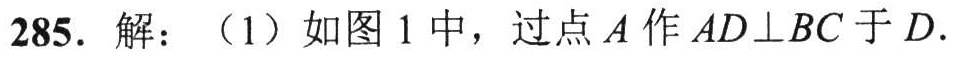
285. 解：（1）如图1中，过点$A$作$AD\perp BC$于$D$.